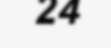
24